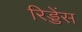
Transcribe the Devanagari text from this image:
रिड्डेंस